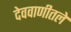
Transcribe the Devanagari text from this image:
देववाणीतले